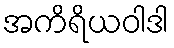
အကိရိယဝါဒါ